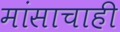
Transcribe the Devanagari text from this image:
मांसाचाही